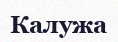
Калужа